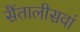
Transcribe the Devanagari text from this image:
सैंतालीसवां